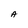
Character: A